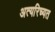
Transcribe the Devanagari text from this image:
अत्यरिच्यत